Report of the Indian Hemp Drugs Commission, 1894-1895 - Volume VIII
Year: 1894
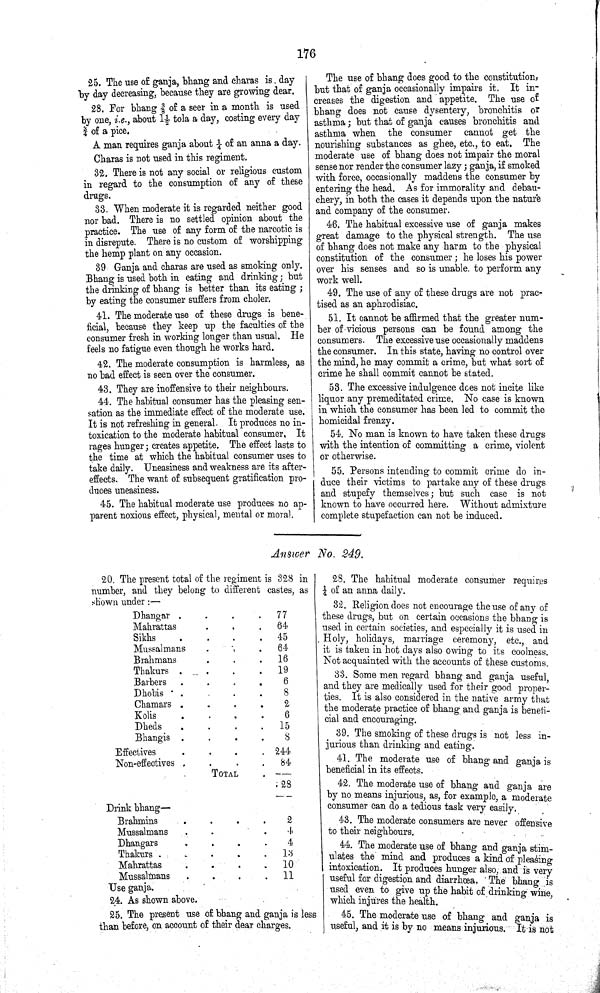
176
25. The use of ganja, bhang and charas is. day
by day decreasing, because they are growing dear.
28. For bhang 3/8 of a seer in a month is used
by one, i.e., about 11/2 tola a day, costing every day
3/4 of a pice.
A man requires ganja about 1/4 of an anna a day.
Charas is not used in this regiment.
32. There is not any social or religious custom
in regard to the consumption of any of these
drugs.
33. When moderate it is regarded neither good
nor bad. There is no settled opinion about the
practice. The use of any form of the narcotic is
in disrepute. There is no custom of worshipping
the hemp plant on any occasion.
39 Ganja and charas are used as smoking only.
Bhang is used both in eating and drinking; but
the drinking of bhang is better than its eating;
by eating the consumer suffers from choler.
41. The moderate use of these drugs is bene¬
ficial, because they keep up the faculties of the
consumer fresh in working longer than usual. He
feels no fatigue even though he works hard.
42. The moderate consumption is harmless, as
no bad effect is seen over the consumer.
43. They are inoffensive to their neighbours.
44. The habitual consumer has the pleasing sen¬
sation as the immediate effect of the moderate use.
It is not refreshing in general. It produces no in¬
toxication to the moderate habitual consumer. It
rages hunger; creates appetite. The effect lasts to
the time at which the habitual consumer uses to
take daily. Uneasiness and weakness are its after¬
effects. The want of subsequent gratification pro¬
duces uneasiness.
45. The habitual moderate use produces no ap¬
parent noxious effect, physical, mental or moral.
The use of bhang does good to the constitution,
but that of ganja occasionally impairs it. It in¬
creases the digestion and appetite. The use of
bhang does not cause dysentery, bronchitis or
asthma; but that of ganja causes bronchitis and
asthma when the consumer cannot get the
nourishing substances as ghee, etc., to eat. The
moderate use of bhang does not impair the moral
sense nor render the consumer lazy; ganja, if smoked
with force, occasionally maddens the consumer by
entering the head. As for immorality and debau¬
chery, in both the cases it depends upon the nature
and company of the consumer.
46. The habitual excessive use of ganja makes
great damage to the physical strength. The use
of bhang does not make any harm to the physical
constitution of the consumer; he loses his power
over his senses and so is unable, to perform any
work well.
49. The use of any of these drugs are not prac¬
tised as an aphrodisiac.
51. It cannot be affirmed that the greater num¬
ber of vicious persons can be found among the
consumers. The excessive use occasionally maddens
the consumer. In this state, having no control over
the mind, he may commit a crime, but what sort of
crime he shall commit cannot be stated.
53. The excessive indulgence does not incite like
liquor any premeditated crime. No case is known
in which the consumer has been led to commit the
homicidal frenzy.
54. No man is known to have taken these drugs
with the intention of committing a crime, violent
or otherwise.
55. Persons intending to commit crime do in¬
duce their victims to partake any of these drugs
and stupefy themselves; but such case is not
known to have occurred here. Without admixture
complete stupefaction can not be induced.
Answer No. 249.
20. The present total of the regiment is 328 in
number, and they belong to different castes, as
shown under:—
Dhangar
77
Mahrattas
64
Sikhs
45
Mussalmans
64
Brahmans
16
Thakurs
19
Barbers
6
Dhobis
8
Chamars
2
Kolis
6
Dheds
15
Bhangis
8
Effectives
244
Non-effectives
84
TOTAL
28
Drink bhang —
Brahmins
2
Mussalmans
4
Dhangars
4
Thakurs
13
Mahrattas
10
Mussalmans
11
Use ganja.
24. As shown above.
25. The present use of bhang and ganja is less
than before, on account of their dear charges.
28. The habitual moderate consumer requires
1/4 of an anna daily.
32. Religion does not encourage the use of any of
these drugs, but on certain occasions the bhang is
used in certain societies, and especially it is used in
Holy, holidays, marriage ceremony, etc., and
it is taken in hot days also owing to its coolness.
Not acquainted with the accounts of these customs.
33. Some men regard bhang and ganja useful,
and they are medically used for their good proper¬
ties. It is also considered in the native army that
the moderate practice of bhang and ganja is benefi¬
cial and encouraging.
39. The smoking of these drugs is not less in¬
jurious than drinking and eating.
41. The moderate use of bhang and ganja is
beneficial in its effects.
42. The moderate use of bhang and ganja are
by no means injurious, as, for example, a moderate
consumer can do a tedious task very easily.
43. The moderate consumers are never offensive
to their neighbours.
44. The moderate use of bhang and ganja stim¬
ulates the mind and produces a kind of pleasing
intoxication. It produces hunger also, and is very
useful for digestion and diarrhœa. The bhang is
used even to give up the habit of drinking wine,
which injures the health.
45. The moderate use of bhang and ganja is
useful, and it is by no means injurious. It is not